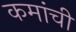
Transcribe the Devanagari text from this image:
कमांची